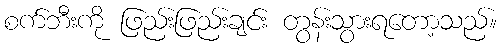
စက်ဘီးကို ဖြည်းဖြည်းချင်း တွန်းသွားရတော့သည်။